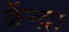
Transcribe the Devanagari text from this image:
केंन्द्रा